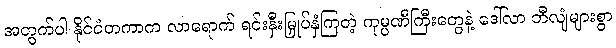
အတွက်ပါ နိုင်ငံတကာက လာရောက် ရင်းနှီးမြှုပ်နှံကြတဲ့ ကုမ္ပဏီကြီးတွေနဲ့ ဒေါ်လာ ဘီလျံများစွာ